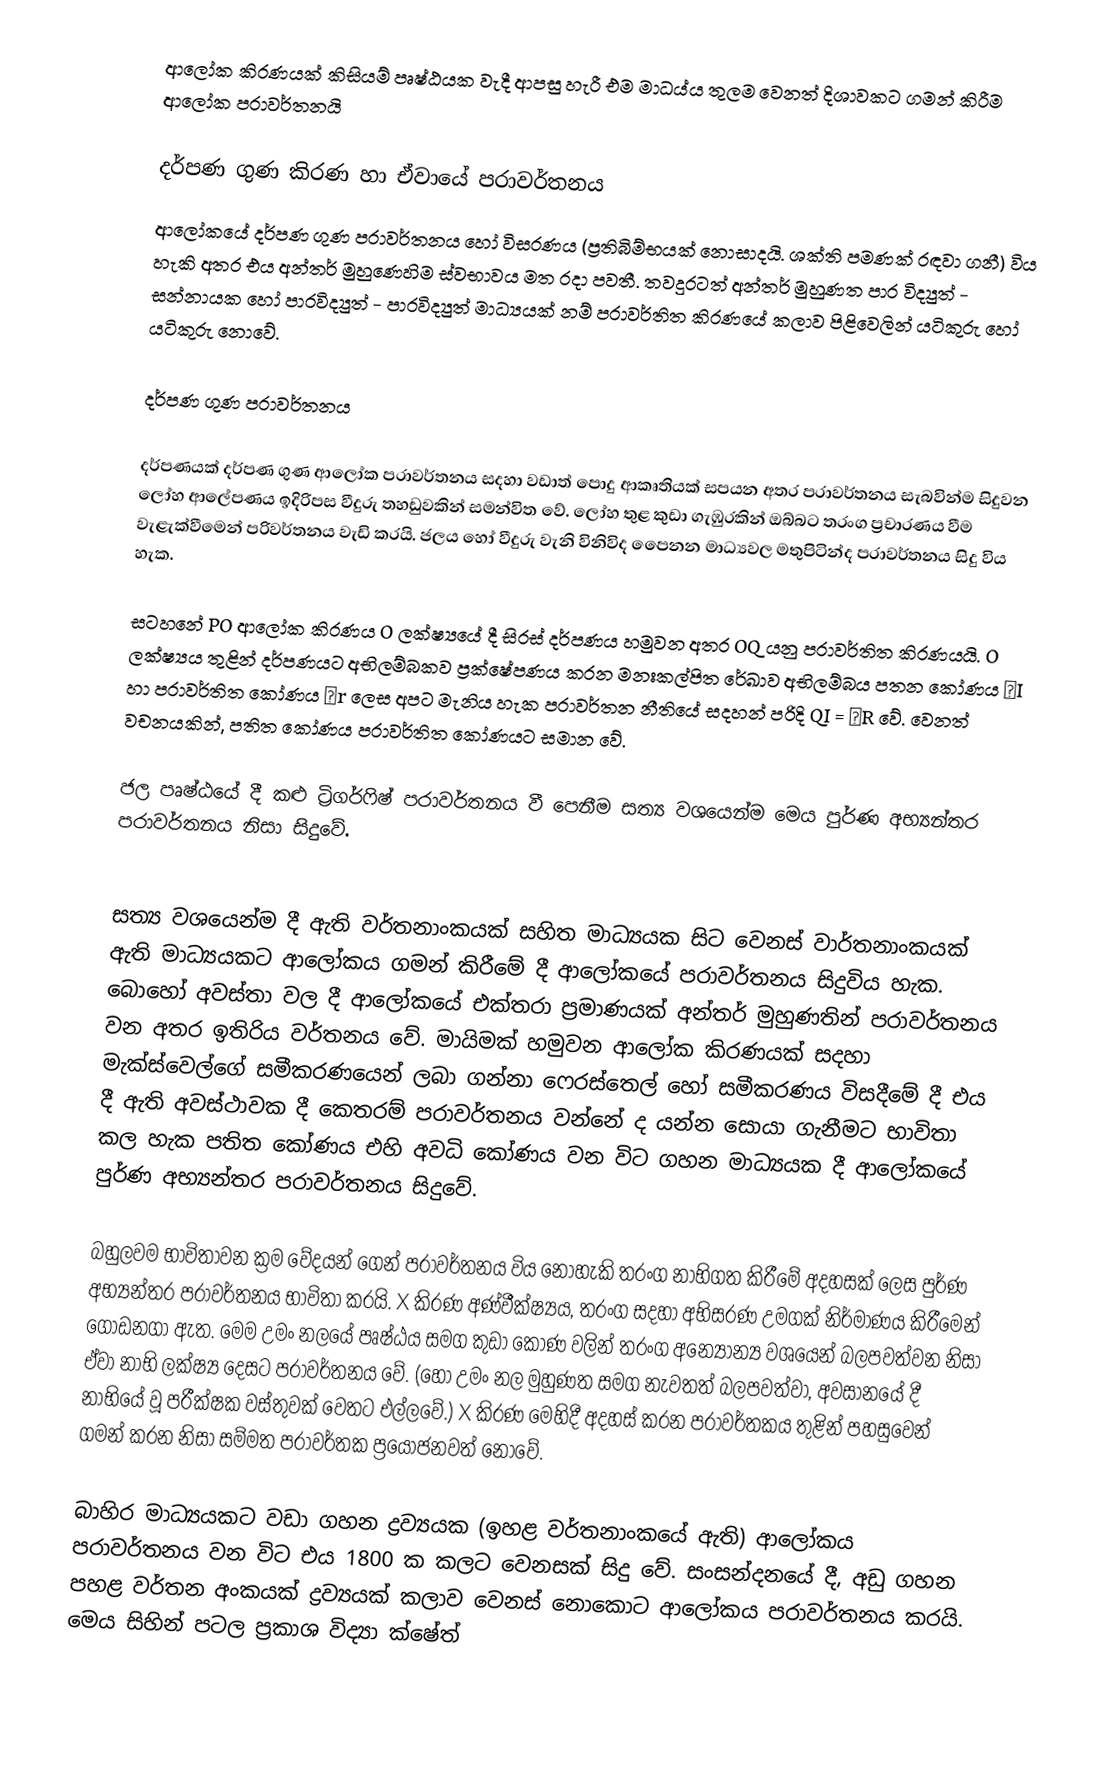
ආලෝක කිරණයක් කිසියම් පෘෂ්ඨයක වැදී ආපසු හැරී එම මාධය්ය තුලම වෙනත් දිශාවකට ගමන් කිරීම ආලෝක පරාවර්තනයි

දර්පණ ගුණ කිරණ හා ඒවායේ පරාවර්තනය
ආලෝකයේ දර්පණ ගුණ පරාවර්තනය හෝ විසරණය (ප්‍රතිබිම්භයක් නොසාදයි. ශක්ති පමණක් රඳවා ගනී) විය හැකි අතර එය අන්තර් මුහුණෙහිම ස්වභාවය මත රදා පවතී. තවදුරටත් අන්තර් මුහුණත පාර විද්‍යුත් - සන්නායක හෝ පාරවිද්‍යුත් - පාරවිද්‍යුත් මාධ්‍යයක් නම් පරාවර්තිත කිරණයේ කලාව පිළිවෙලින් යටිකුරු හෝ යටිකුරු නොවේ.

දර්පණ ගුණ පරාවර්තනය

දර්පණයක් දර්පණ ගුණ ආලෝක පරාවර්තනය සදහා වඩාත් පොදු ආකෘතියක් සපයන අතර පරාවර්තනය සැබවින්ම සිදුවන ලෝහ ආලේපණය ඉදිරිපස වීදුරු තහඩුවකින් සමන්විත වේ. ලෝහ තුළ කුඩා ගැඹුරකින් ඔබ්බට තරංග ප්‍රචාරණය වීම වැළැක්වීමෙන් පරිවර්තනය වැඩි කරයි. ජලය හෝ වීදුරු වැනි විනිවිද පෙ‍ෙනන මාධ්‍යවල මතුපිටින්ද පරාවර්තනය සිදු විය හැක.

සටහනේ PO ආලෝක කිරණය O ලක්ෂ්‍යයේ දී සිරස් දර්පණය හමුවන අතර OQ යනු පරාවර්තිත කිරණයයි. O ලක්ෂ්‍යය තුළින් දර්පණයට අභිලම්බකව ප්‍රක්ෂේපණය කරන මනඃකල්පිත රේඛාව අභිලම්බය පතන කෝණය ӨI හා පරාවර්තිත කෝණය θr ලෙස අපට මැනිය හැක පරාවර්තන නීතියේ සදහන් පරිදි QI = ӨR වේ. වෙනත් වචනයකින්, පතිත කෝණය පරාවර්තිත කෝණයට සමාන වේ.

ජල පෘෂ්ඨයේ දී කළු ට්‍රිගර්ෆිෂ් පරාවර්තනය වී පෙනීම සත්‍ය වශයෙන්ම මෙය පුර්ණ අභ්‍යන්තර පරාවර්තනය නිසා සිදුවේ.

සත්‍ය වශයෙන්ම දී ඇති වර්තනාංකයක් සහිත මාධ්‍යයක සිට වෙනස් වාර්තනාංකයක් ඇති මාධ්‍යයකට ආලෝකය ගමන් කිරීමේ දී ආලෝකයේ පරාවර්තනය සිදුවිය හැක. බොහෝ අවස්තා වල දී ආලෝකයේ එක්තරා ප්‍රමාණයක් අන්තර් මුහුණතින් පරාවර්තනය වන අතර ඉතිරිය වර්තනය වේ. මායිමක් හමුවන ආලෝක කිරණයක් සදහා මැක්ස්වෙල්ගේ සමීකරණයෙන් ලබා ගන්නා ෆෙරස්තෙල් හෝ සමීකරණය විසදීමේ දී එය දී ඇති අවස්ථාවක දී කෙතරම් පරාවර්තනය වන්නේ ද යන්න සොයා ගැනීමට භාවිතා කල හැක පතිත කෝණය එහි අවධි කෝණය වන විට ගහන මාධ්‍යයක දී ආලෝකයේ පුර්ණ අභ්‍යන්තර පරාවර්තනය සිදුවේ.

බහුලවම භාවිතාවන ක්‍රම වේදයන් ගෙන් පරාවර්තනය විය නොහැකි තරංග නාභිගත කිරීමේ අදහසක් ලෙස පුර්ණ අභ්‍යන්තර පරාවර්තනය භාවිතා කරයි. X කිරණ අණ්වීක්ෂ්‍යය, තරංග සදහා අභිසරණ උමගක් නිර්මාණය කිරීමෙන් ගොඩනගා ඇත. මෙම උමං නලයේ පෘෂ්ඨය සමග කුඩා කෝණ වලින් තරංග අන්‍යෝන්‍ය වශයෙන් බලපවත්වන නිසා ඒවා නාභි ලක්ෂ්‍ය දෙසට පරාවර්තනය වේ. (හෝ ‍උමං නල මුහුණත සමග නැවතත් බලපවත්වා, අවසානයේ දී නාභියේ වූ පරීක්ෂක වස්තුවක් වෙතට එල්ලවේ.) X කිරණ මෙහිදී අදහස් කරන පරාවර්තකය තුළින් පහසුවෙන් ගමන් කරන නිසා සම්මත පරාවර්තක ප්‍රයෝජනවත් නොවේ.

බාහිර මාධ්‍යයකට වඩා ගහන ද්‍රව්‍යයක (ඉහළ වර්තනාංකයේ ඇති) ආලෝකය පරාවර්තනය වන විට එය 1800 ක කලට වෙනසක් සිදු වේ. සංසන්දනයේ දී, අඩු ගහන පහළ වර්තන අංකයක් ද්‍රව්‍යයක් කලාව වෙනස් නොකොට ආලෝකය පරාවර්තනය කරයි. මෙය සිහින් පටල ප්‍රකාශ විද්‍යා ක්ෂේත්‍